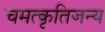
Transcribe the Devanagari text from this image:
चमत्कृतिजन्य